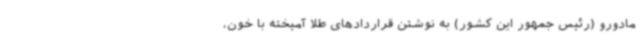
مادورو (رئیس جمهور این کشور) به نوشتن قراردادهای طلا آمیخته با خون،